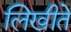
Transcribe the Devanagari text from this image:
लिखीते